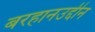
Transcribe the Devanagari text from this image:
बरहानउद्दीन